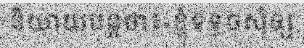
និយាយបន្តថា៖«ខ្ញុំទទូចសុំឲ្យ